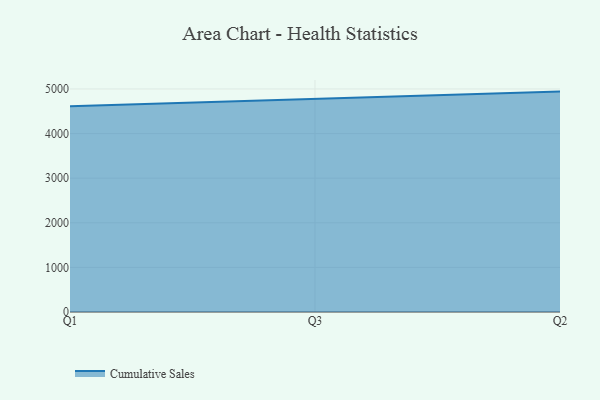
{"axis": {"x": "Quarter", "y": "Backlog"}, "legend": ["Cumulative Sales"], "data": [{"x": "Q1", "y": 4614.8, "type": "Cumulative Sales"}, {"x": "Q3", "y": 4775.2, "type": "Cumulative Sales"}, {"x": "Q2", "y": 4940.8, "type": "Cumulative Sales"}]}